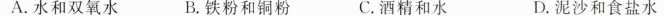
A.水和双氧水 B.铁粉和铜粉 C.酒精和水 D.泥沙和食盐水